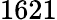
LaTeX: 1621